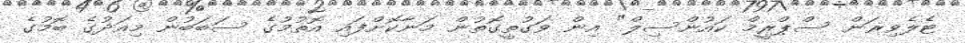
ޓެލެވިޜަން ސްޕްރީމް ކައުންސިލް" އިން ވަގުތީގޮތުން މަނާކޮށްފައި އޮތުމުގެ ސަބަބުން މިއަދުގެ ބޮމުގެ